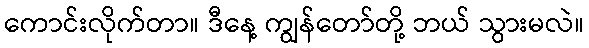
ကောင်းလိုက်တာ။ ဒီနေ့ ကျွန်တော်တို့ ဘယ် သွားမလဲ။